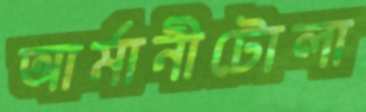
আর্মানীটোলা